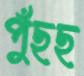
পুঁছছ